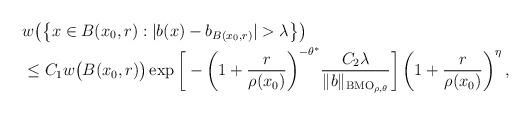
LaTeX: \begin{align*}&w\big(\big\{x\in B(x_0,r):|b(x)-b_{B(x_0,r)}|>\lambda\big\}\big)\\&\leq C_1w\big(B(x_0,r)\big)\exp\bigg[-\bigg(1+\frac{r}{\rho(x_0)}\bigg)^{-\theta^{\ast}}\frac{C_2 \lambda}{\|b\|_{\mathrm{BMO}_{\rho,\theta}}}\bigg]\left(1+\frac{r}{\rho(x_0)}\right)^{\eta},\end{align*}